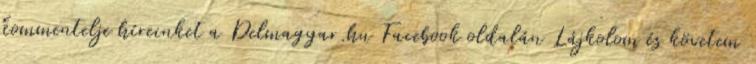
kommentelje híreinket a Delmagyar.hu Facebook oldalán Lájkolom és követem